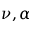
\nu , \alpha